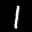
Label: 1